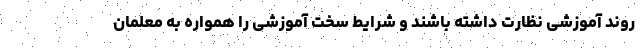
روند آموزشی نظارت داشته باشند و شرایط سخت آموزشی را همواره به معلمان